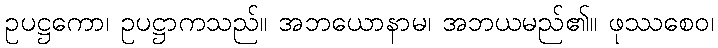
ဥပဋ္ဌကော၊ ဥပဋ္ဌာကသည်။ အဘယောနာမ၊ အဘယမည်၏။ ဖုဿစေဝ၊